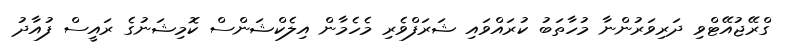
ގްރޭޖުއޭޓްވި ދަރިވަރުންނާ މުހާތަބު ކުރައްވައި ޝަރަފްވެރި މެހެމާން އިލެކްޝަންސް ކޮމިޝަނުގެ ރައީސް ފުއާދު